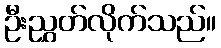
ဦးညွှတ်လိုက်သည်။